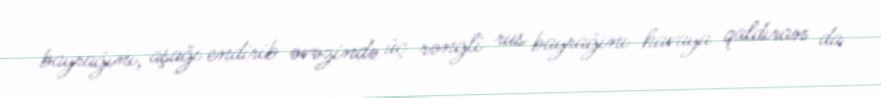
bayrağını, aşağı endirib əvəzində üç rəngli rus bayrağını havaya qaldıran da